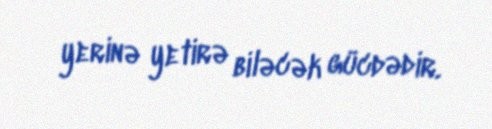
yerinə yetirə biləcək gücdədir.